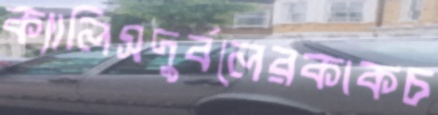
ক্যালিসদুর্বলেরকাকচ